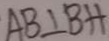
A B \bot B H